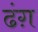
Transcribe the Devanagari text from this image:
ढंग़